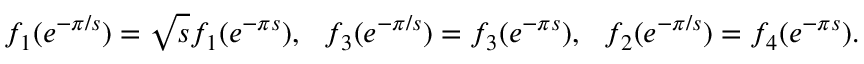
f _ { 1 } ( e ^ { - \pi / s } ) = \sqrt { s } f _ { 1 } ( e ^ { - \pi s } ) , ~ ~ f _ { 3 } ( e ^ { - \pi / s } ) = f _ { 3 } ( e ^ { - \pi s } ) , ~ ~ f _ { 2 } ( e ^ { - \pi / s } ) = f _ { 4 } ( e ^ { - \pi s } ) .